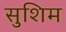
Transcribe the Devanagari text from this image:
सुशिम